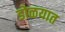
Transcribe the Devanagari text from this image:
डोळयात